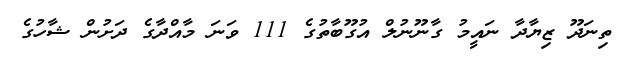
ތިނަދޫ ޒިޔާދާ ނައީމު ގާނޫނުލް އުގޫބާތުގެ 111 ވަނަ މާއްދާގެ ދަށުން ޝާހުގެ